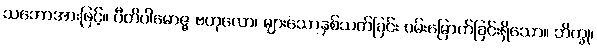
သဘောအားဖြင့်။ ပီတိပါမောဇ္ဇ ဗဟုလော၊ များသောနှစ်သက်ခြင်း ဝမ်းမြောက်ခြင်းရှိသော။ ဘိက္ခု၊